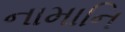
નામાનિ